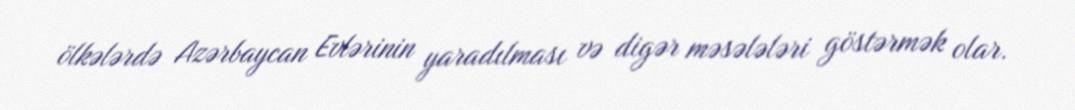
ölkələrdə Azərbaycan Evlərinin yaradılması və digər məsələləri göstərmək olar.